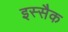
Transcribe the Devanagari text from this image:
इस्सैक